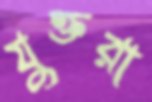
যুক্তরা